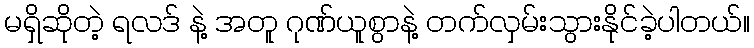
မရှိဆိုတဲ့ ရလဒ် နဲ့ အတူ ဂုဏ်ယူစွာနဲ့ တက်လှမ်းသွားနိုင်ခဲ့ပါတယ်။